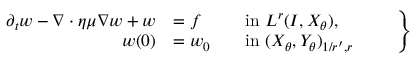
\begin{array} { r } { \left. \begin{array} { r l r l } { \partial _ { t } w - \nabla \cdot \eta \mu \nabla w + w } & { = f } & & { \mathrm { i n ~ } L ^ { r } ( I , X _ { \theta } ) , } \\ { w ( 0 ) } & { = w _ { 0 } } & & { \mathrm { i n ~ } ( X _ { \theta } , Y _ { \theta } ) _ { 1 / r ^ { \prime } , r } } \end{array} \qquad \right\} } \end{array}